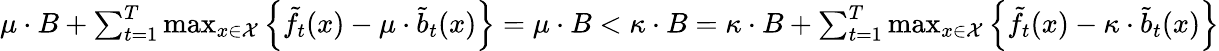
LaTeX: \begin{array}{r}{\mu\cdot B+\sum_{t=1}^{T}\operatorname*{max}_{x\in\mathcal{X}}\left\{ \tilde{f}_{t}(x)-\mu\cdot\tilde{b}_{t}(x)\right\} =\mu\cdot B<\kappa\cdot B=\kappa\cdot B+\sum_{t=1}^{T}\operatorname*{max}_{x\in\mathcal{X}}\left\{ \tilde{f}_{t}(x)-\kappa\cdot\tilde{b}_{t}(x)\right\} }\end{array}